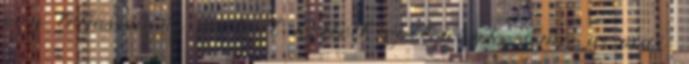
egy teljesen új motort kellett építenünk, ami a mai